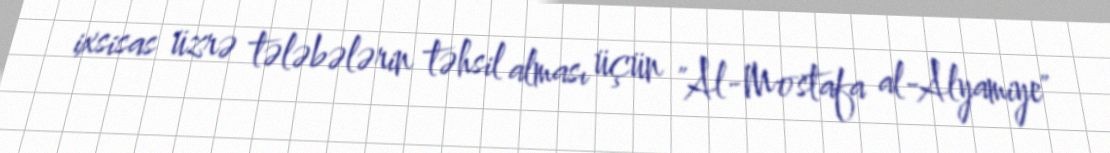
ixsisas üzrə tələbələrin təhsil alması üçün "Al-Mostafa al-Alyamiye"